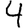
Digit: 4